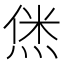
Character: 𬊞